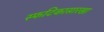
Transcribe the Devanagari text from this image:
स्फटिकासारखा